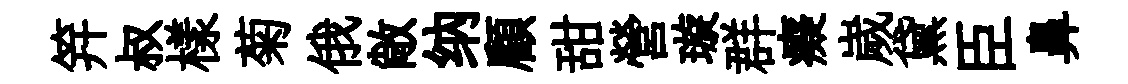
笄叔樣菊俄敞纳顧甜營璇群癡嵗黛臣鼻